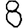
Digit: 8